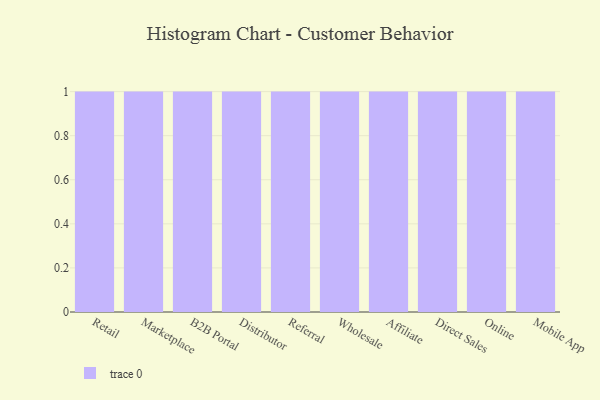
{"axis": {"x": "Channel", "y": "Operating Costs (USD K)"}, "legend": [""], "data": [{"x": "Retail", "y": 26, "type": ""}, {"x": "Marketplace", "y": 53, "type": ""}, {"x": "B2B Portal", "y": 22, "type": ""}, {"x": "Distributor", "y": 45, "type": ""}, {"x": "Referral", "y": 61, "type": ""}, {"x": "Wholesale", "y": 21, "type": ""}, {"x": "Affiliate", "y": 38, "type": ""}, {"x": "Direct Sales", "y": 97, "type": ""}, {"x": "Online", "y": 97, "type": ""}, {"x": "Mobile App", "y": 61, "type": ""}]}